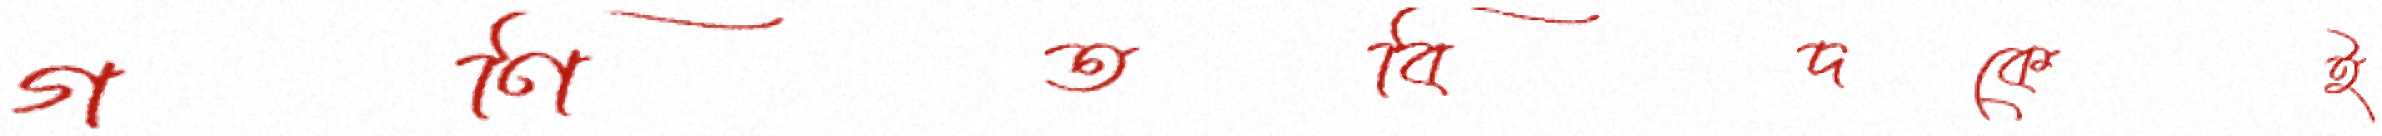
গণিতবিদকেই